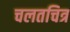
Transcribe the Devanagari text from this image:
चलतचित्र